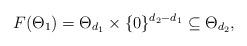
LaTeX: \begin{align*}F(\Theta_1) = \Theta_{d_1} \times \{0\}^{d_2-d_1} \subseteq \Theta_{d_2},\end{align*}